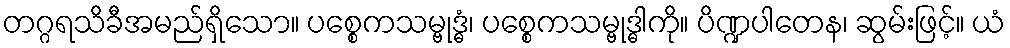
တဂ္ဂရသိခီအမည်ရှိသော။ ပစ္စေကသမ္ဗုဒ္ဓံ၊ ပစ္စေကသမ္ဗုဒ္ဓါကို။ ပိဏ္ဍပါတေန၊ ဆွမ်းဖြင့်။ ယံ